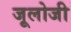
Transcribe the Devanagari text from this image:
जूलोजी